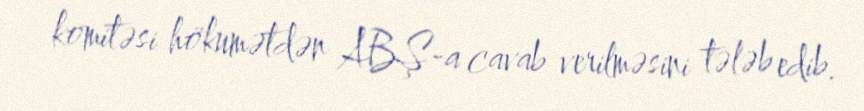
komitəsi hökumətdən ABŞ-a cavab verilməsini tələb edib.